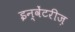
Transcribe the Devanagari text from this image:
इन्वेंटरीज़